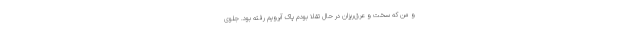
و من که سخت و عرق‌ریزان در حال تقلا بودم پاک آبرویم رفته بود. جلوی